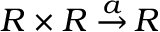
R \times R \; { \stackrel { a } { \to } } \, R